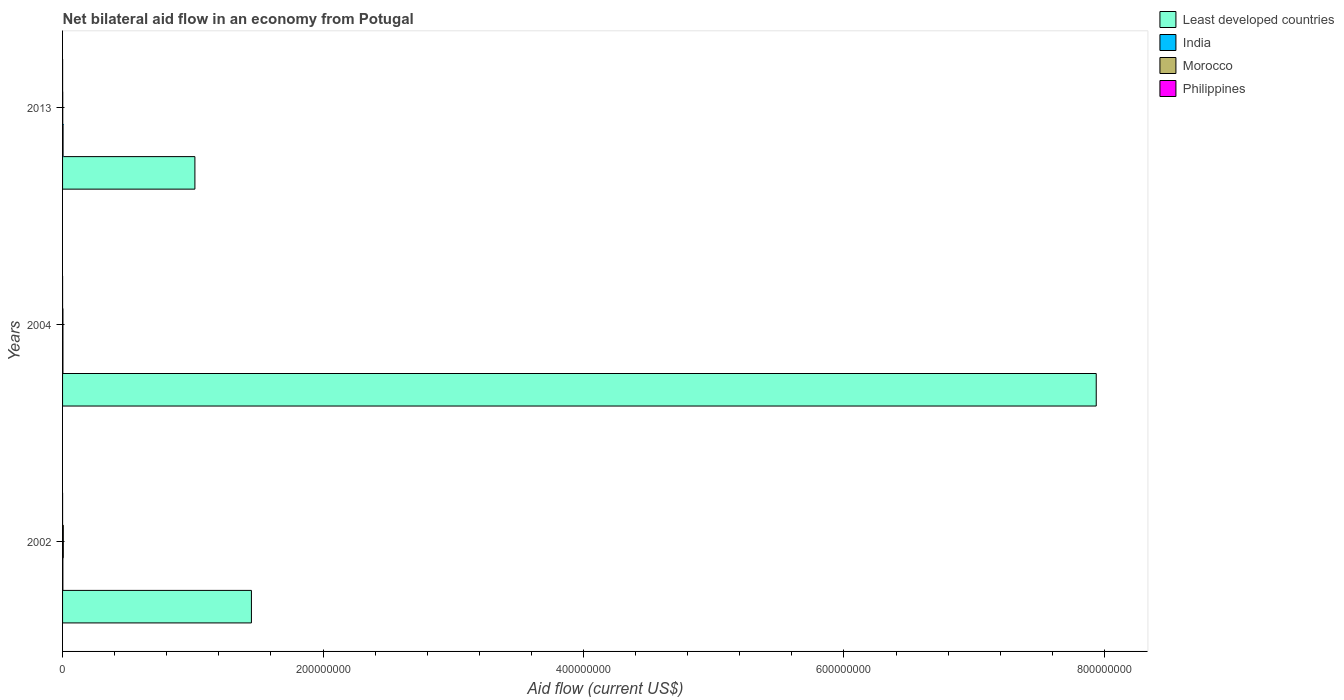
| Years | Least developed countries | India | Morocco | Philippines |
 | --- | --- | --- | --- | --- |
 | 2002 | 1.45e+08 | 2.4e+05 | 5.7e+05 | 1e+04 |
 | 2004 | 7.94e+08 | 2.9e+05 | 2.9e+05 | 1e+04 |
 | 2013 | 1.02e+08 | 3.8e+05 | 1.4e+05 | 3e+04 |